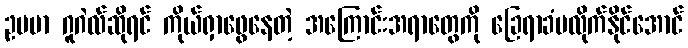
ဥပမာ ဂူဂဲလ်ဆိုရင် ကိုယ်ရှာဖွေနေတဲ့ အကြောင်းအရာတွေကို ခြေရာခံမလိုက်နိုင်အောင်